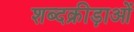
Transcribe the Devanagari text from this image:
शब्दक्रीड़ाओं